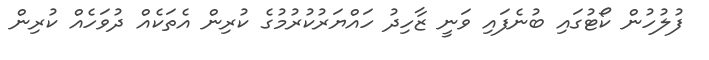
ފުލުހުން ކޯޓުގައި ބުނެފައި ވަނީ ޒާހިދު ހައްޔަރުކުރުމުގެ ކުރިން އެތަކެއް ދުވަހެއް ކުރިން